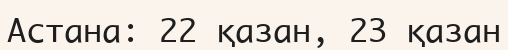
Астана: 22 қазан, 23 қазан